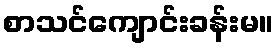
စာသင်ကျောင်းခန်းမ။